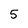
Character: 5